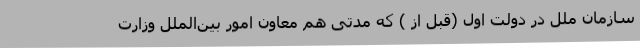
سازمان ملل در دولت اول (قبل از ) که مدتی هم معاون امور بین‌الملل وزارت